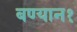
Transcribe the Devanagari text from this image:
बण्यान१